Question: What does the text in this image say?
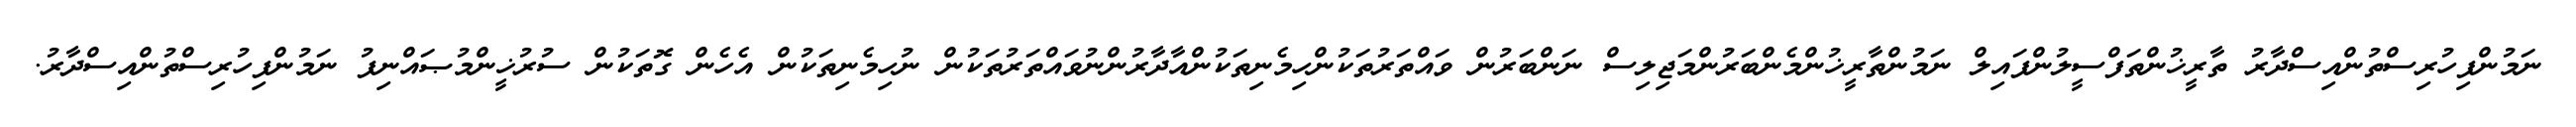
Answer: ނަމުންފިހުރިސްތުންއިސްދާރު ތާރީޚުންތަފްސީލުންފައިލް ނަމުންތާރީޚުންމެންބަރުންމަޖިލިސް ނަންބަރުން ވައްތަރުތަކުންހިމެނިތަކުންއާދާރުންނުވައްތަރުތަކުން ނުހިމެނިތަކުން އެހެން ގޮތަކުން ސުރުޚީންމުޞައްނިފު ނަމުންފިހުރިސްތުންއިސްދާރު.